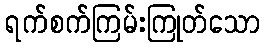
ရက်စက်ကြမ်းကြုတ်သော